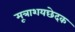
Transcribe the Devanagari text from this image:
मूत्राशयछेदक